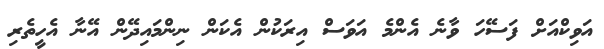
އަވިކްއަށް ފަސޭހަ ވާނެ އެންމެ އަވަސް އިރަކުން އެކަން ނިންމައިދޭން އޭނާ އެހީތެރި